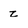
Character: z